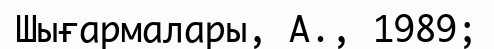
Шығармалары, А., 1989;